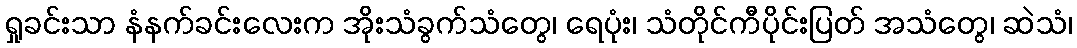
ရှုခင်းသာ နံနက်ခင်းလေးက အိုးသံခွက်သံတွေ၊ ရေပုံး၊ သံတိုင်ကီပိုင်းပြတ် အသံတွေ၊ ဆဲသံ၊